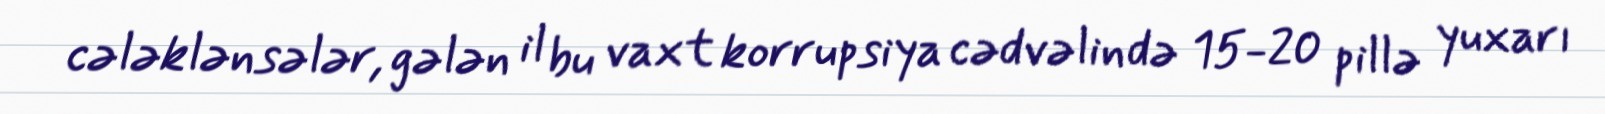
cələklənsələr, gələn il bu vaxt korrupsiya cədvəlində 15-20 pillə yuxarı